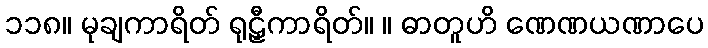
၁၁၈။ မုချကာရိတ် ရုဠှီကာရိတ်။ ။ ဓာတူဟိ ဏေဏယဏာပေ